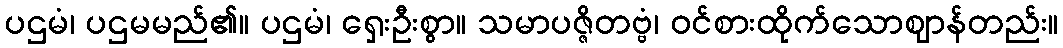
ပဌမံ၊ ပဌမမည်၏။ ပဌမံ၊ ရှေးဦးစွာ။ သမာပဇ္ဇိတဗ္ဗံ၊ ဝင်စားထိုက်သောဈာန်တည်း။